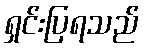
ရှင်းပြရသည်